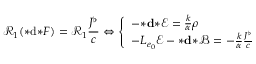
\mathcal { R } _ { 1 } ( { * } \mathrm { d } { * } F ) = \mathcal { R } _ { 1 } \frac { J ^ { \flat } } { c } \Leftrightarrow \left\{ \begin{array} { l l } { - { \boldsymbol { * } } \mathbf { d } { \boldsymbol { * } } \mathscr { E } = \frac { k } { \alpha } \rho } \\ { - L _ { e _ { 0 } } \mathscr { E } - { \boldsymbol { * } } \mathbf { d } { \boldsymbol { * } } \mathscr { B } = - \frac { k } { \alpha } \frac { \boldsymbol { J ^ { \flat } } } { c } } \end{array} \right.